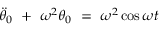
\Ddot { \theta } _ { 0 } \ + \ \omega ^ { 2 } \theta _ { 0 } \ = \ \omega ^ { 2 } \cos { \omega t }